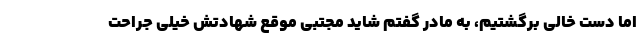
اما دست خالی برگشتیم، به مادر گفتم شاید مجتبی موقع شهادتش خیلی جراحت